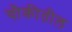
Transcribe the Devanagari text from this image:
चौकीतील